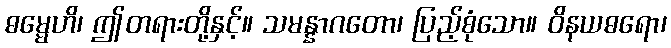
ဓမ္မေဟိ၊ ဤတရားတို့နှင့်။ သမန္နာဂတော၊ ပြည့်စုံသော။ ဝိနယဓရော၊